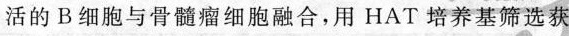
活的B细胞与骨髓瘤细胞融合，用HAT培养基筛选获